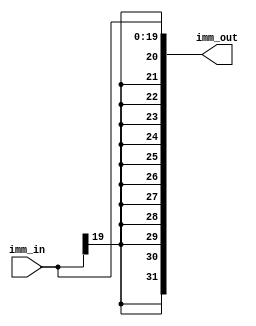
/******************************************************************************
 ** Logisim goes FPGA automatic generated Verilog code                       **
 **                                                                          **
 ** Component : Bit_Extender_20_32_SIGN                                      **
 **                                                                          **
 ******************************************************************************/

`timescale 1ns/1ps
module Bit_Extender_20_32_SIGN( imm_in,
                                imm_out);

   /***************************************************************************
    ** Here the inputs are defined                                           **
    ***************************************************************************/
   input[19:0]  imm_in;

   /***************************************************************************
    ** Here the outputs are defined                                          **
    ***************************************************************************/
   output reg [31:0] imm_out;

	always @(*) begin
		imm_out = {{(12){imm_in[19]}}, imm_in};
	end

endmodule